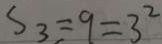
S 3 = 9 = 3 ^ { 2 }